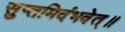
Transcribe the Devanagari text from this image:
सुप्तमिदंभवेत्॥